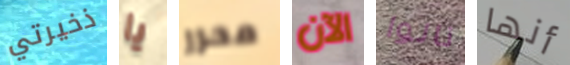
ذخيرتي يا محرر الآن نالوا أنها